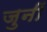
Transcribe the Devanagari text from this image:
जुनीं